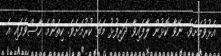
އެޅުވުމަށެވެ. ނޭވާ ކޮޅުން ލާފައިވާ ދަރިފުޅު މަތަ ކުރުމަށެވެ. ކިތަންމެ ހާސްވެފައި އެ